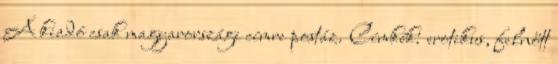
A kiadó csak magyarországi címre postáz. Címkék: erotikus, felnőtt